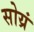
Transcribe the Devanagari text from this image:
सोय्रं